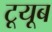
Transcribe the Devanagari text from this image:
टूयूब